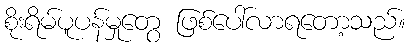
စိုးရိမ်ပူပန်မှုတွေ ဖြစ်ပေါ်လာရတော့သည်။